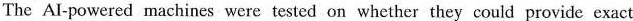
The AI-powered machines e answers all come from the reading matcrial. ycre tested on whether they could providc exact